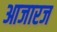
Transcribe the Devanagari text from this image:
आजारज